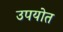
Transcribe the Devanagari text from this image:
उपयोत